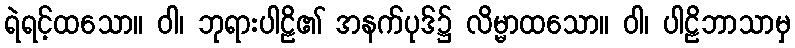
ရဲရင့်ထသော။ ဝါ၊ ဘုရားပါဠိ၏ အနက်ပုဒ်၌ လိမ္မာထသော။ ဝါ၊ ပါဠိဘာသာမှ